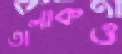
তালাকও